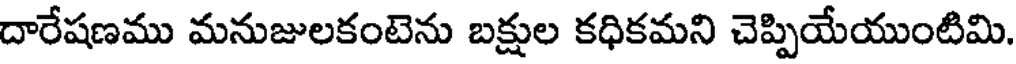
దారేషణము మనుజులకంటెను బక్షుల కధికమని చెప్పియేయుంటిమి.